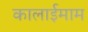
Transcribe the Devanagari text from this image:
कालाईमाम